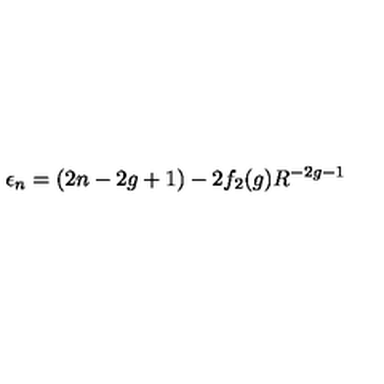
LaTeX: \epsilon _ { n } = ( 2 n - 2 g + 1 ) - 2 f _ { 2 } ( g ) R ^ { - 2 g - 1 }